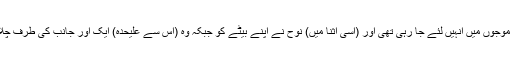
اور وہ پہاڑوں کی طرح کی (اونچی) موجوں میں انہیں لئے جا رہی تھی اور (اسی اثنا میں) نوح نے اپنے بیٹے کو جبکہ وہ (اس سے علیحدہ) ایک اور جانب کی طرف چلا گیا تھا پکارا (کہ) اے میرے بیٹے!